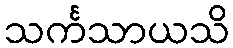
သင်္ကသာယသိ